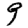
Digit: 9